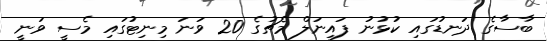
ބާސާގެ ދަނޑުގައި ކުޅުނު ފައިނަލް މެޗުގެ 20 ވަނަ މިނިޓުގައި މެސީ ވަނީ